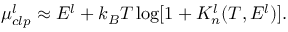
\mu _ { c l p } ^ { l } \approx E ^ { l } + k _ { B } T \log [ 1 + K _ { n } ^ { l } ( T , E ^ { l } ) ] .